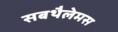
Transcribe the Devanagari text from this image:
सबथैलेमस